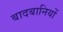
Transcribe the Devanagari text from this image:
बादबानियों